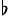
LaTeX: ^\flat